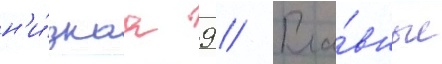
н'и́зкаа 9 // Гла́вные